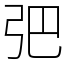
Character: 弝